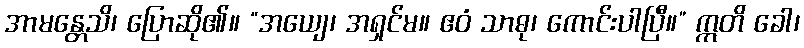
အာမန္တေသိ၊ ပြောဆို၏။ “အယျေ၊ အရှင်မ။ ဧဝံ သာဓု၊ ကောင်းပါပြီ။” ဣတိ ခေါ၊